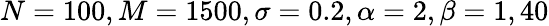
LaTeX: N=100,M=1500,\sigma=0.2,\alpha=2,\beta=1,40